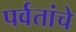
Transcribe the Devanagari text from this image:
पर्वतांचे